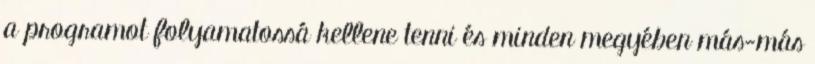
a programot folyamatossá kellene tenni és minden megyében más-más